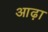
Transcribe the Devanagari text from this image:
आढ़ा